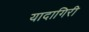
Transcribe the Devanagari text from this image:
यादागिरी